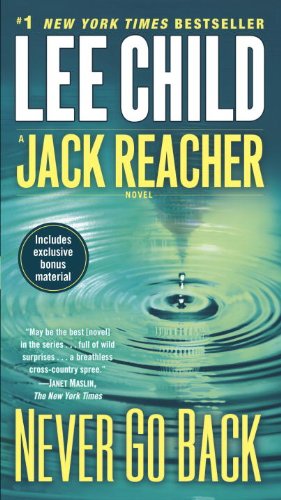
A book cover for Never Go Back (Jack Reacher); Lee Child; Mystery, Thriller & Suspense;